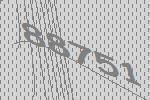
88751